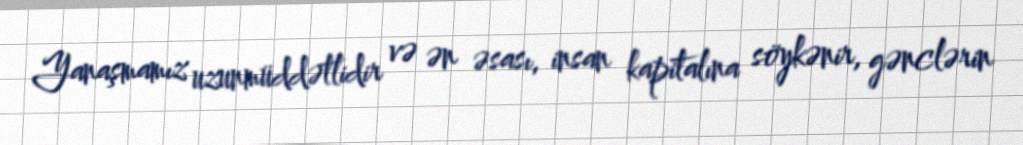
Yanaşmamız uzunmüddətlidir və ən əsası, insan kapitalına söykənir, gənclərin